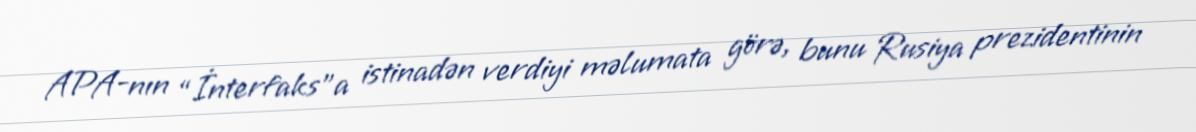
APA-nın “İnterfaks”a istinadən verdiyi məlumata görə, bunu Rusiya prezidentinin